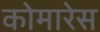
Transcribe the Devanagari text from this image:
कोमारेस